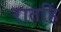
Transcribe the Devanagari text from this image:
रातहिं